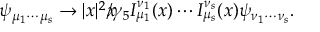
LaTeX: \psi _ { \mu _ { 1 } \cdots \mu _ { s } } \rightarrow | x | ^ { 2 } x \! \! \! \slash \gamma _ { 5 } I _ { \mu _ { 1 } } ^ { \nu _ { 1 } } ( x ) \cdots I _ { \mu _ { s } } ^ { \nu _ { s } } ( x ) \psi _ { \nu _ { 1 } \cdots \nu _ { s } } .